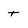
Character: t